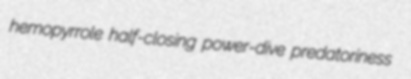
hemopyrrole half-closing power-dive predatoriness